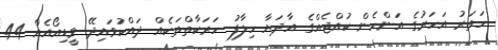
ހަތަރު އަހަރުގެ އަންހެން ކުއްޖެއްގެ އާދަޔާ ހިލާފު ހަރަކާތްތަކެއް ދައްކުވައިދޭ ވީޑިއޯއެއް 44